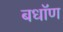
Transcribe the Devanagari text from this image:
बधॉण